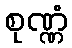
စုဏ္ဏံ